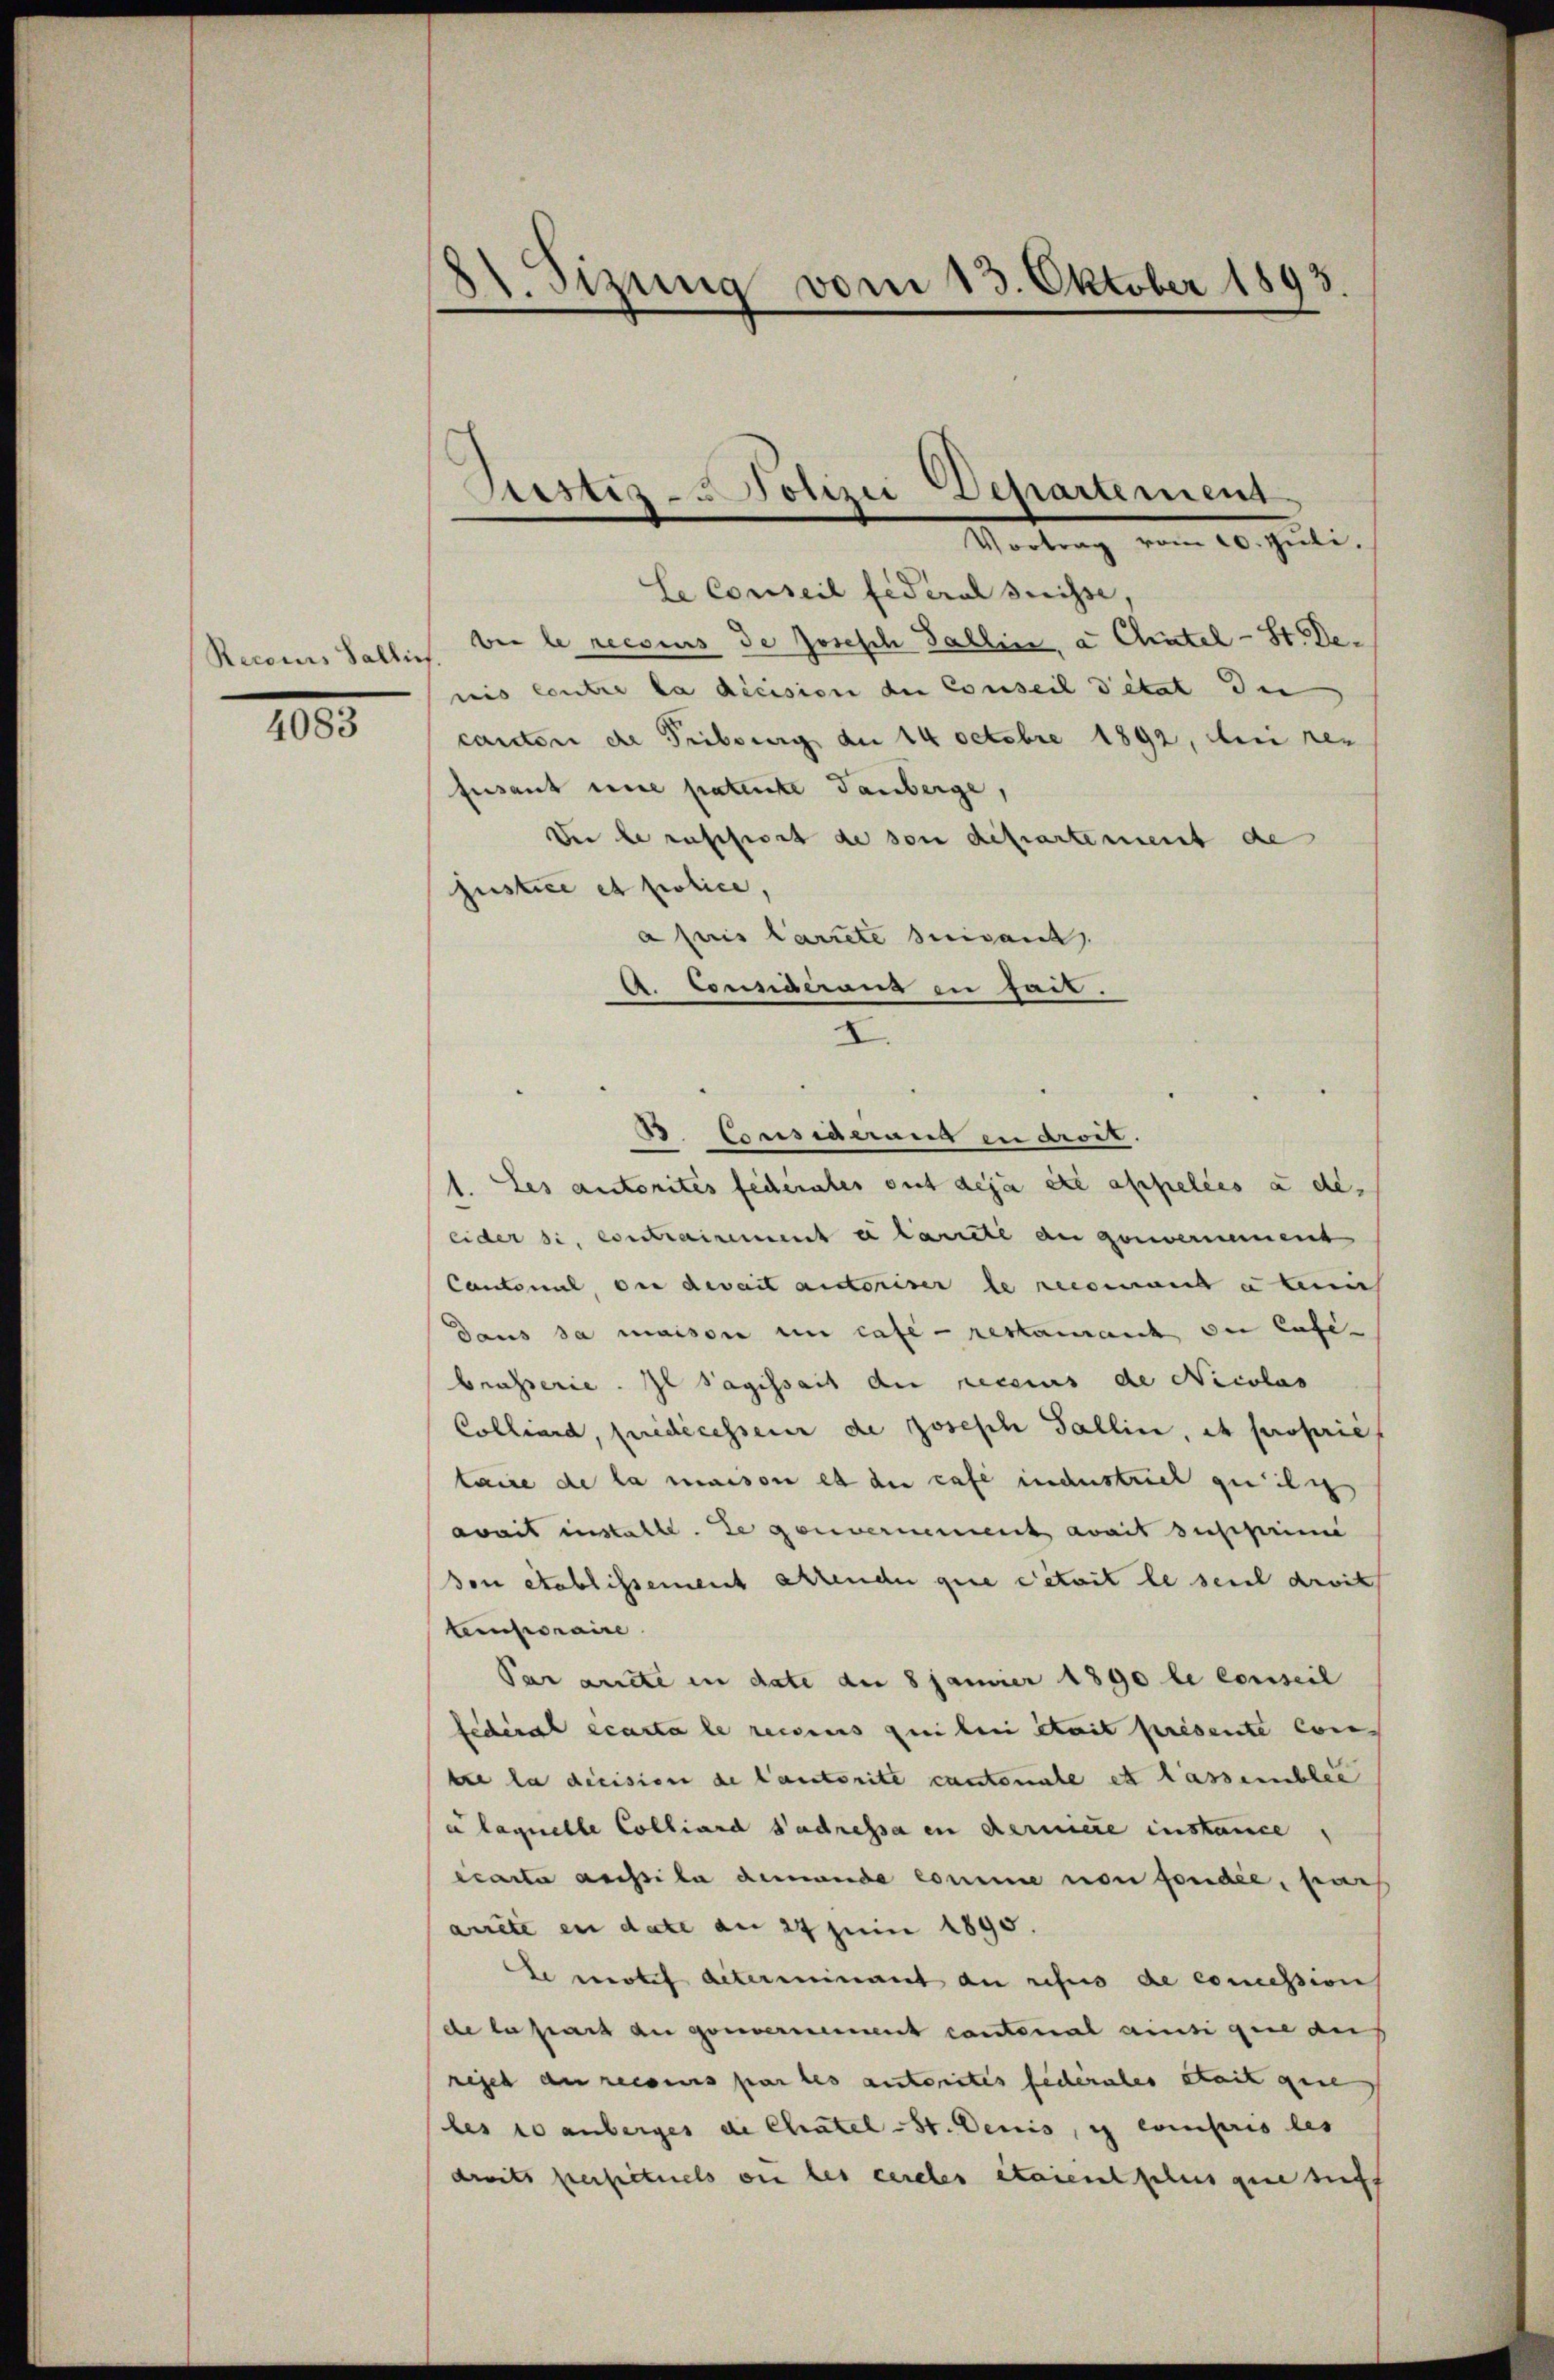
Recours Sallis

4083

81. Sizung vom 13. Oktober 1893.

ustiz- u Polizei Departement
Vertrag vom 20. Juli.

le Conseil fédéral Preisse,
ber le recsius de Josesch Fallin, a Chätel-St. Denis centre la décision der Conseil détat die
canton de Tribung der 14 Octobre 1892, dei res
fisant eine patente Tauberge,
Der le russiert de von departement de
justice et police,
a puis larrete suivant
A. Considerung zu fait.
I.
1. Les autorités federates gut déjà été appelées à des
lider si, contrairement u laicte an gouvernement
Cantonal, die devait autoriser le reconnant u bin
Daus da maison in case - restament du Cafe-
brasserie. Il Sagissait der recens de Nicolas
Collend, Euridicesseur de Joseph Fallin, et propries
taire de la maison es die case industriel quilig
avait instalte. Je gouvernement avait supprime
Von etablissement allender que cetait le seit droit
temporaire
Par antte in date der 8 Jänner 1890 le conseil
federal écarta le reccius qui lui était présente Contre la decision de lautorite cantonale ett lassemblée
e laquelle Colliard Sadressa in derniere instance,
écarta assila demande Commine non fondée, par
arrêté en date am 24 Juni 1895.
Le motif aeterminant du refus de concession
de la part au gouvernement cantonal ainsi que auf
regel an recours par les ansterrites fecerales seit gese
les so anberges de Chatel-St. Denis, i compris les
dreits perfictuels ou les cereles étaientschus que suff

. Epassigerung in droit.